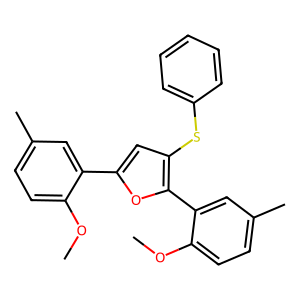
SMILES: COc1ccc(C)cc1-c1cc(Sc2ccccc2)c(-c2cc(C)ccc2OC)o1
Inhibits HIV replication: No